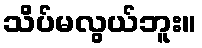
သိပ်မလွယ်ဘူး။